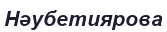
Нәубетиярова